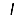
Digit: 1